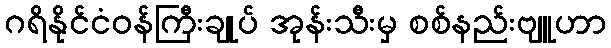
ဂရိနိုင်ငံဝန်ကြီးချုပ် အုန်းသီးမှ စစ်နည်းဗျူဟာ